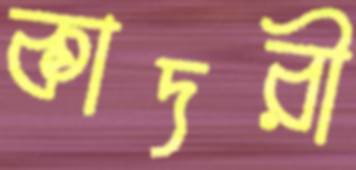
কাদরী